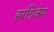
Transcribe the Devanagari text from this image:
हरग्रिवेस